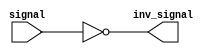
module inverter(input signal, output inv_signal);
    assign inv_signal = ~signal;
endmodule